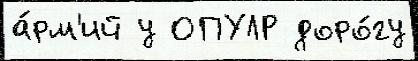
а́рм'ий у ОПУЛР доро́гу